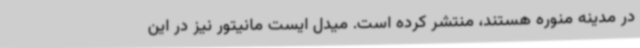
در مدینه منوره هستند، منتشر کرده است. میدل ایست مانیتور نیز در این